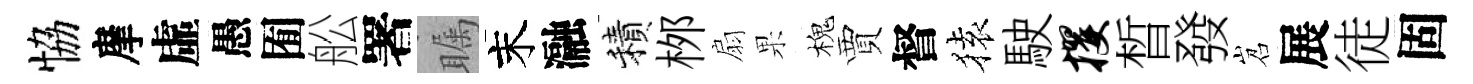
恊摩虛愚囿舩署瞩末瀜積桞扇果槐賈督𫞤駛攫晳發岧展徒固